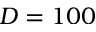
D = 1 0 0